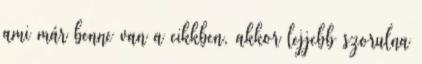
ami már benne van a cikkben, akkor lejjebb szorulna